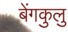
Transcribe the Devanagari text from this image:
बेंगकुलु